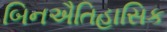
બિનઐતિહાસિક